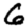
Digit: 6